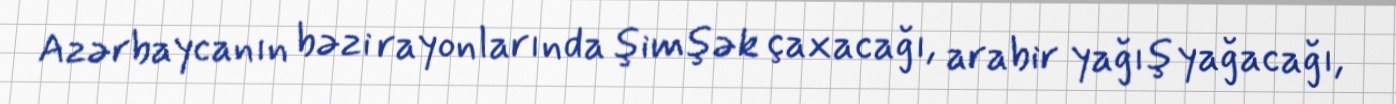
Azərbaycanın bəzi rayonlarında şimşək çaxacağı, arabir yağış yağacağı,